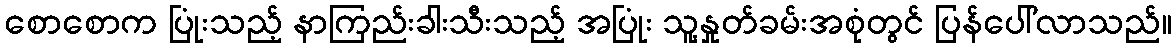
စောစောက ပြုံးသည့် နာကြည်းခါးသီးသည့် အပြုံး သူ့နှုတ်ခမ်းအစုံတွင် ပြန်ပေါ်လာသည်။